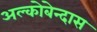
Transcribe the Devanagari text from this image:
अल्कोबेन्दास